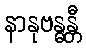
နာနုဗန္ဓန္တီ